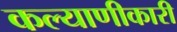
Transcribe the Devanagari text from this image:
कल्याणीकारी